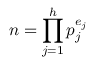
n = \prod _ { j = 1 } ^ { h } p _ { j } ^ { e _ { j } }